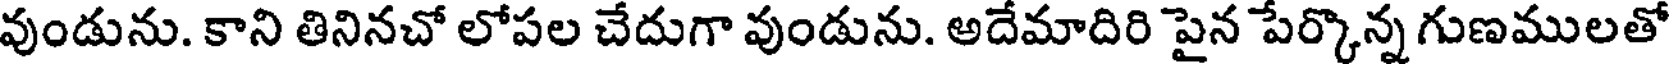
వుండును. కాని తినినచో లోపల చేదుగా వుండును. అదేమాదిరి పైన పేర్కొన్న గుణములతో